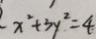
x ^ { 2 } + 3 y ^ { 2 } = 4